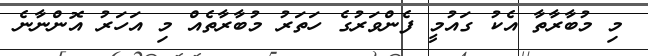
މި މުބާރާތާ އެކު ގައުމީ ފެންވަރުގެ ހަތަރު މުބާރާތެއް މި އަހަރު އޮންނާނެ